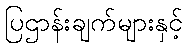
ပြဌာန်းချက်များနှင့်